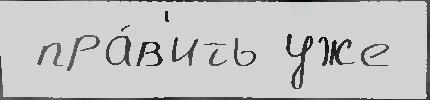
 пра́в'ить уже